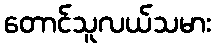
တောင်သူလယ်သမား